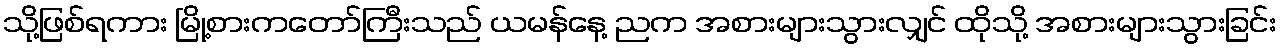
သို့ဖြစ်ရကား မြို့စားကတော်ကြီးသည် ယမန်နေ့ ညက အစားများသွားလျှင် ထိုသို့ အစားများသွားခြင်း